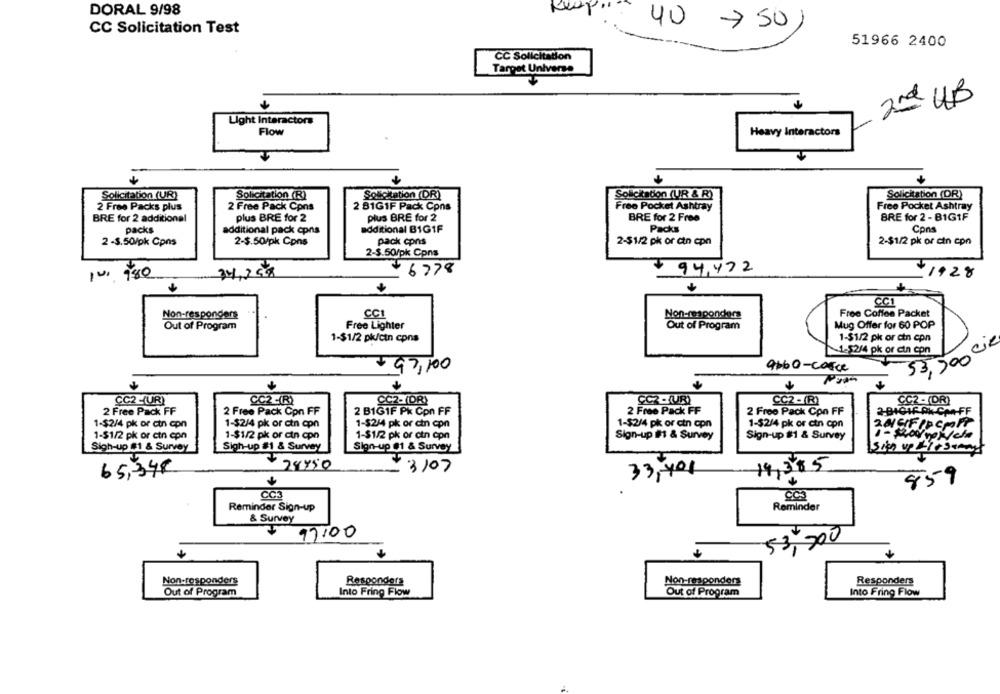
DORAL 9/98
40
> 50
CC Solicitation Test
51966 2400
CC Solicitation
Target Universe
2nd HB
Light Interactors
Flow
Heavy Interactors
Solicitation (R)
Solicitation (DR)
Solicitation (DR)
Solicitation (UR)
Solicitation (UR & R)
2 Free Packs plus
2 Free Pack Cons
2 81G1F Pack Cons
Free Pocket Ashtray
Free Pocket Ashtray
BRE for 2 additional
plus BRE for 2
plus BRE for 2
BRE for 2 Free
BRE for 2 - BIG1F
packs
additional B1GIF
Packs
Cons
additional pack cpns
2 -3.50/pk Cons
2-$.50/pk Cons
pack cons
2-$1/2 pk or cin cpn
2-$1/2 pk or cin cpn
2-3.50/pk Cpns
6778
94,472
10. 980
34,350
-1928
CC1
Non-responders
CCI
Non-responders
Free Coffee Packet
Out of Program
Free Lighter
Out of Program
Mug Offer for 60 POP
1-$1/2 pk/cin cons
1-$1/2 pk or ctn epn
53,5000R
1-52/4 pk or cin con
97,100
9660-cosce
CC2 -(UR)
CC2 -(R)
CC2-(DR)
CC2 -(URI
CC2 - (R)
CC2 - (DR)
2 Free Pack FF
2 Free Pack FF
2 Free Pack Con FF
2 B1GIF Pk Cpn FF
2 Free Pack Con FF
2-8191F PR-CAFF
1-$2/4 pk or ctn cpn
1-$2/4 pk or ctn cpn
1-$2/4 pk or cin cpn
1-$2/4 pk or cin cpn
1-$2/4 pk or ctn cpn
1-$1/2 pk or ctn cpn
1-$1/2 pk or cin cpn
1-$1/2 pk or ctn cpn
Sign-up #1 & Survey
Sign-up #1 & Survey
Sigh-up 181 & Survey
Sigh-up #1 & Survey
Sign-up #1 & Survey
24750
65,348
3107
14,385
33,401
859
C
CC3
CC3
Reminder Sign-up
Reminder
& Survey
17:00
53,900
Non-responders
Responders
Non-responders
Responders
Out of Program
Into Fring Flow
Out of Program
Into Fring Flow